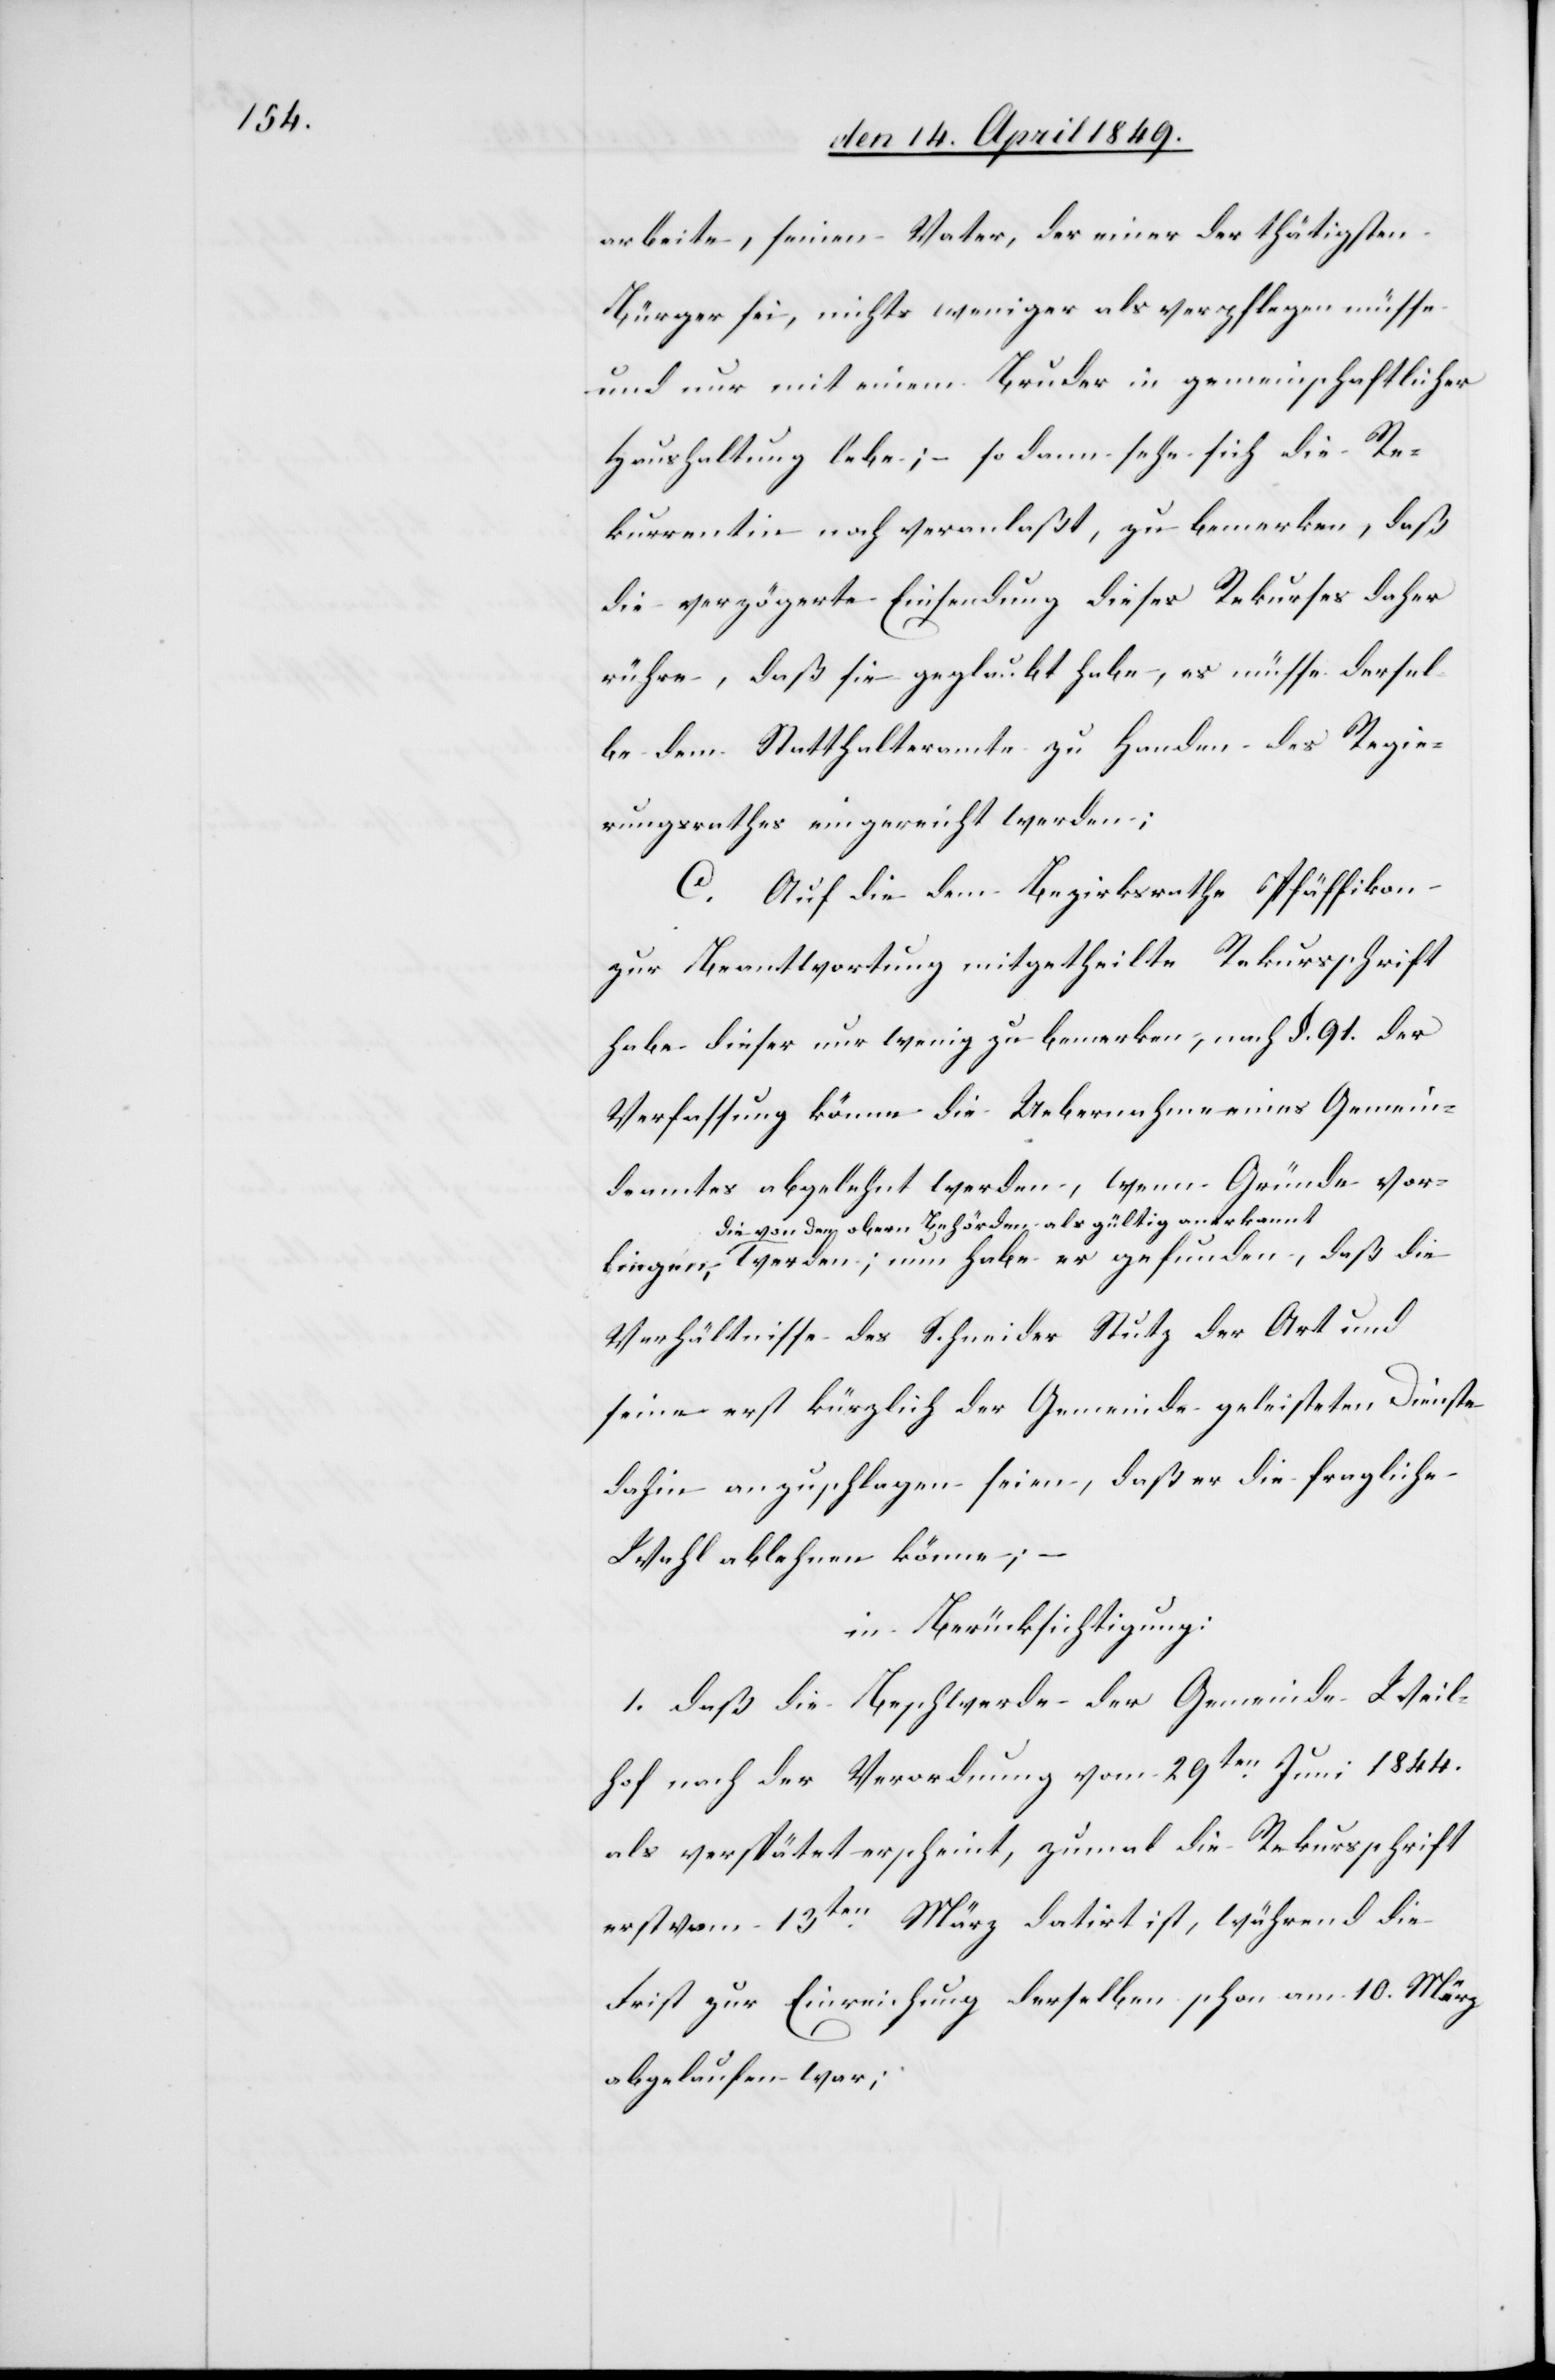
liegen,

arbeite, seinen Vater, der einer der thätigsten
Bürger sei, nichts weniger als verpflegen müsse
und nur mit einem Bruder in gemeinschaftlicher
Haushaltung lebe; – so dann sehe sich die Re¬
kurrentin noch veranlaßt, zu bemerken, daß
die verzögerte Einsendung dieses Rekurses daher
rühre, daß sie geglaubt habe, es müsse dersel¬
be dem Statthalteramte zu Handen des Regie¬
rungsrathes eingereicht werden;
C. Auf die dem Bezirksrathe Pfäffikon
zur Beantwortung mitgetheilte Rekursschrift
habe dieser nur wenig zu bemerken, nach §. 91. der
Verfassung könne die Uebernahme eines Gemein¬
deamtes abgelegt werden, wenn Gründe vor¬
a-die von den obern Behörden als gültig anerkan¬
nt-a werden; nun habe er gefunden, daß die
Verhältnisse des Schneider Stutz der Art und
seine erst kürzlich der Gemeinde geleisteten Dienste
dahin anzuschlagen seien, daß er die fragliche
Wahl ablehnen könne; –
in Berücksichtigung:
1. Daß die Beschwerde der Gemeinde Weil¬
hof nach der Verordnung vom 29ten Juni 1844.
als verspätet erscheint, zumal die Rekursschrift
erst vom 13ten März datirt ist, während die
Frist zur Einreichung derselben schon am 10. März
abgelaufen war;